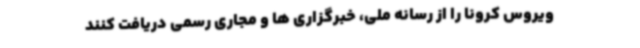
ویروس کرونا را از رسانه ملی، خبرگزاری ها و مجاری رسمی دریافت کنند